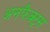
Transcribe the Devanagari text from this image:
अनफैक्ट्स